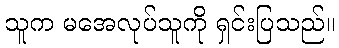
သူက မအေလုပ်သူကို ရှင်းပြသည်။